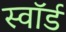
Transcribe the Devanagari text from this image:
स्वाॅर्ड